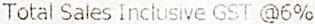
TOTAL SALES INCLUSIVE GST @6%